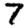
Digit: 7